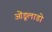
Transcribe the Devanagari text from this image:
ओंडूलाडो